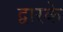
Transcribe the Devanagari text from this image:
द्वारके